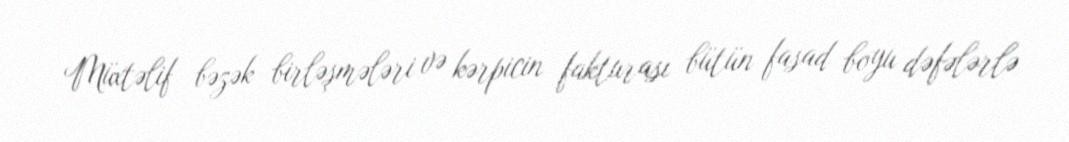
Müxtəlif bəzək birləşmələri və kərpicin fakturası bütün fasad boyu dəfələrlə